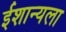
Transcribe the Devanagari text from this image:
ईशान्यला